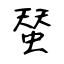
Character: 蝅